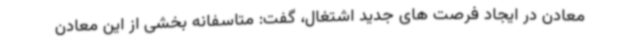
معادن در ایجاد فرصت های جدید اشتغال، گفت: متاسفانه بخشی از این معادن